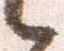
候